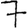
Digit: 7